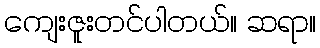
ကျေးဇူးတင်ပါတယ်။ ဆရာ။